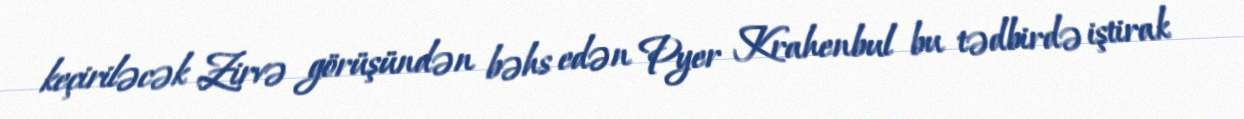
keçiriləcək Zirvə görüşündən bəhs edən Pyer Krahenbul bu tədbirdə iştirak